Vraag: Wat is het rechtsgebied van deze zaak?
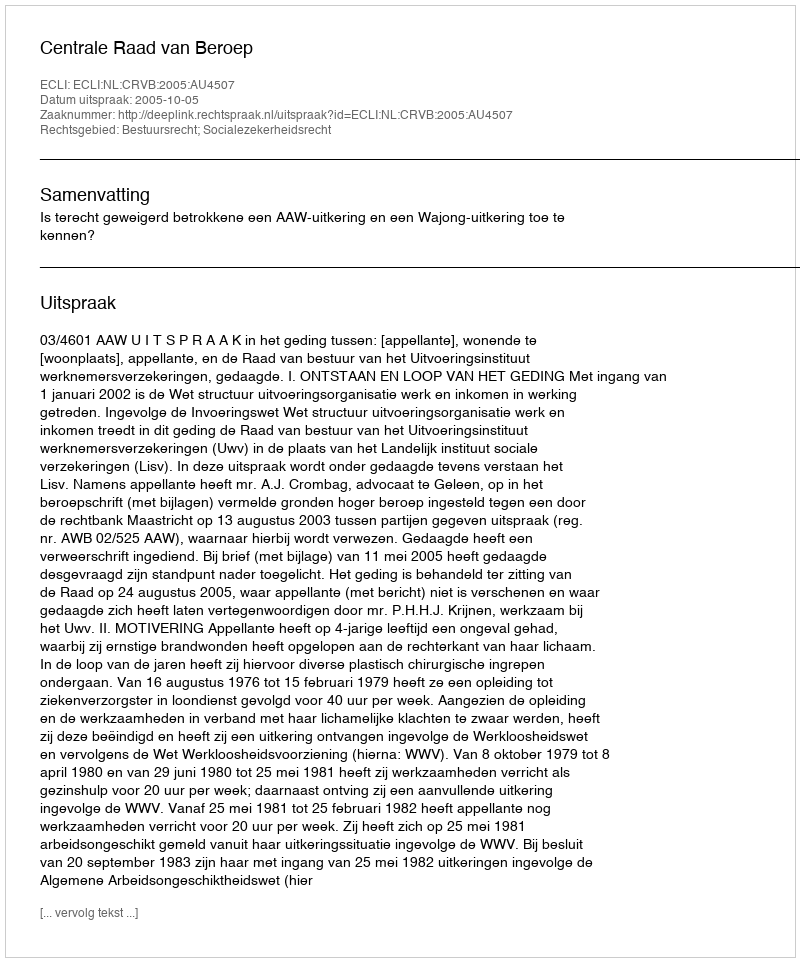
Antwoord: Bestuursrecht; Socialezekerheidsrecht